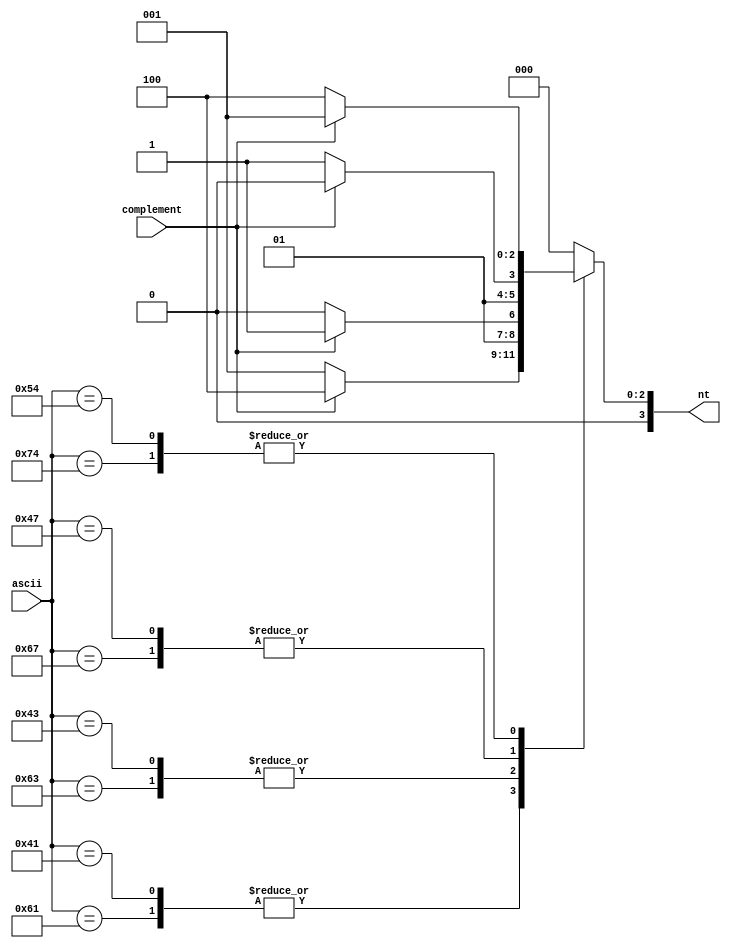
module Ascii2Nt (
    input [7:0] ascii,
    input complement,
    output reg [3:0] nt);

    localparam A=1, C=2, G=3, T=4, N=0;

    always @(*) begin
        case ({ascii})
            8'h61 : nt = (complement) ? T : A; //8h'61 - ASCII for a 
            8'h41 : nt = (complement) ? T : A; //8h'41 - ASCII for A 
            8'h63 : nt = (complement) ? G : C; //8h'63 - ASCII for c 
            8'h43 : nt = (complement) ? G : C; //8h'43 - ASCII for C 
            8'h67 : nt = (complement) ? C : G; //8h'67 - ASCII for g 
            8'h47 : nt = (complement) ? C : G; //8h'47 - ASCII for G 
            8'h74 : nt = (complement) ? A : T; //8h'74 - ASCII for t 
            8'h54 : nt = (complement) ? A : T; //8h'54 - ASCII for T
            8'h6e : nt = N;
            8'h4e : nt = N;
            default : nt = N;
        endcase
    end
endmodule